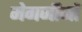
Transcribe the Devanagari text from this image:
मेगजीनों